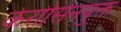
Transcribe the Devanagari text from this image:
केरोसिनयुक्त